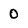
Character: 0